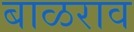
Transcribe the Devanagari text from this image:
बाळराव